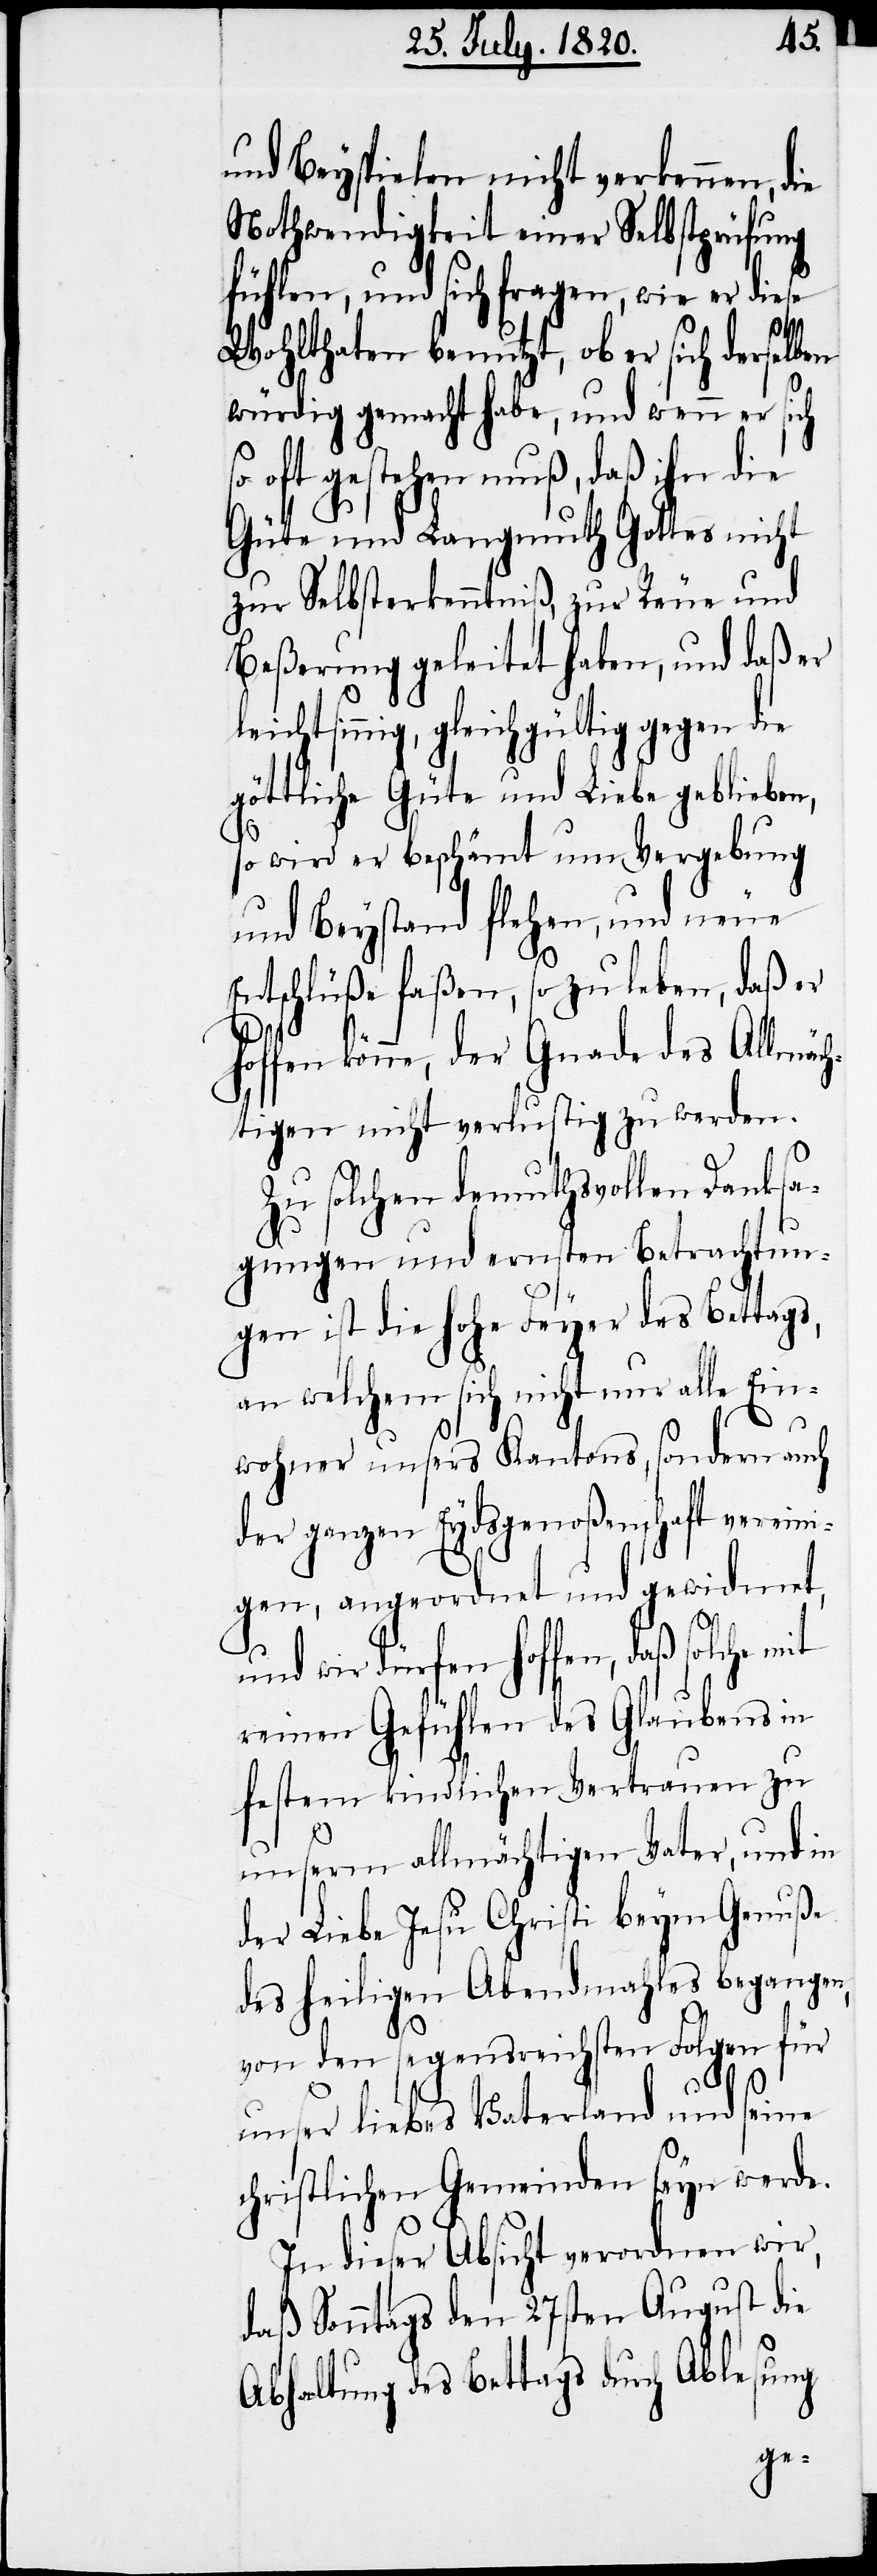
und Beyspielen nicht verkennen, die
Nothwendigkeit einer Selbstprüfung
fühlen, und sich fragen, wie er diese
Wohlthaten benutzt, ob er sich derselb¬
würdig gemacht habe, und wenn er sich
so oft gestehen muß, daß ihn die
Güte und Langmuth Gottes nicht
zur Selbsterkenntniß, zur Reue und
Beßerung geleitet haben, und daß er
chtsinnig, gleichgültig gegen die
göttliche Güte und Leibe geblieben,
so wird er beschämt um Vergebung
und Beystand flehen, und neue
Entschlüße faßen, so zu leben, daß er
könne, der Gnade des Allmäc¬
htigen nicht verlustig zu werden.
Zu solchen demuthsvollen Danksa¬
gungen und ersten Betrachtun¬
gen ist die hohe Feyer des Bettags,
an welchem sich nicht nur alle Ein¬
wohner unsers Kantons, sondern auch
der ganzen Eydsgenoßenschaft vereini¬
gen, angeordnet und gewidmet,
und wir dürfen hoffen,
reinen Gefühlen des Glaubens in
festem kindlichen Vertrauen zu
lei¬
unserm allmächtigen Vater, und in
der Liebe Jesu Christi beym Genuße
des heiligen Abendmahles begangen,
von den segensreichsten Folgen für
unser liebes Vaterland und seine
christlichen Gemeinden seyn werde.
In dieser Absicht verordnen wir,
daß Sonntags den 27sten August die
Abhaltung des Bettags durch Ablesung